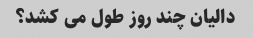
دالیان چند روز طول می کشد؟